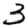
Digit: 3